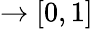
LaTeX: \rightarrow[0,1]